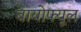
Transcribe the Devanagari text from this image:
बायोफ्यूल